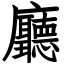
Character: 廳